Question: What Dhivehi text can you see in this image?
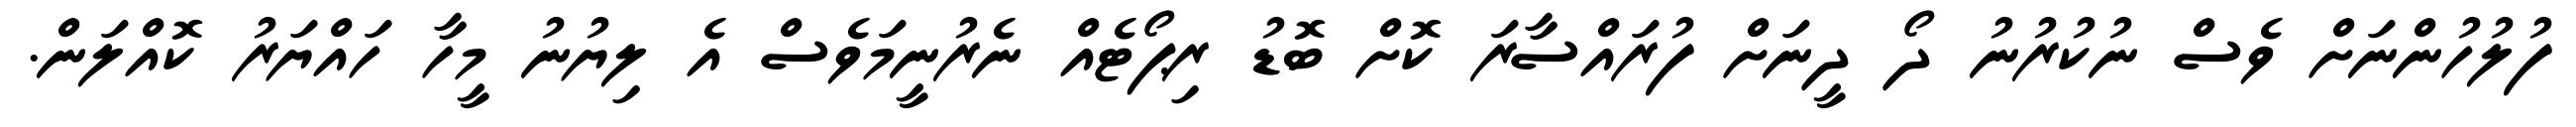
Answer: ފުލުހުންނަށް ވެސް ނުކުރުނު ދޯ ދީނަށް ފުރައްސާރަ ކޮށް ބޮޑު ރިޕޯޓެއް ނެރުނީމަވެސް އެ ލިޔުނު މީހާ ހައްޔަރު ކޮއްލަން.